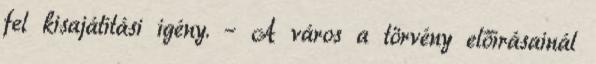
fel kisajátítási igény. – A város a törvény előírásainál